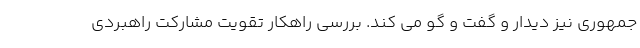
جمهوری نیز دیدار و گفت و گو می کند. بررسی راهکار تقویت مشارکت راهبردی